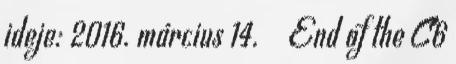
ideje: 2016. március 14. ↑ End of the C6